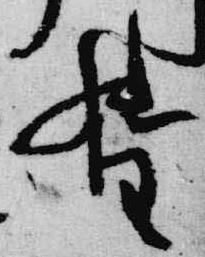
督